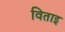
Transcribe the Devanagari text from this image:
विताइ